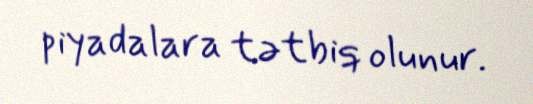
piyadalara tətbiq olunur.